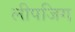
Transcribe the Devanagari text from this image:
लीपजिग